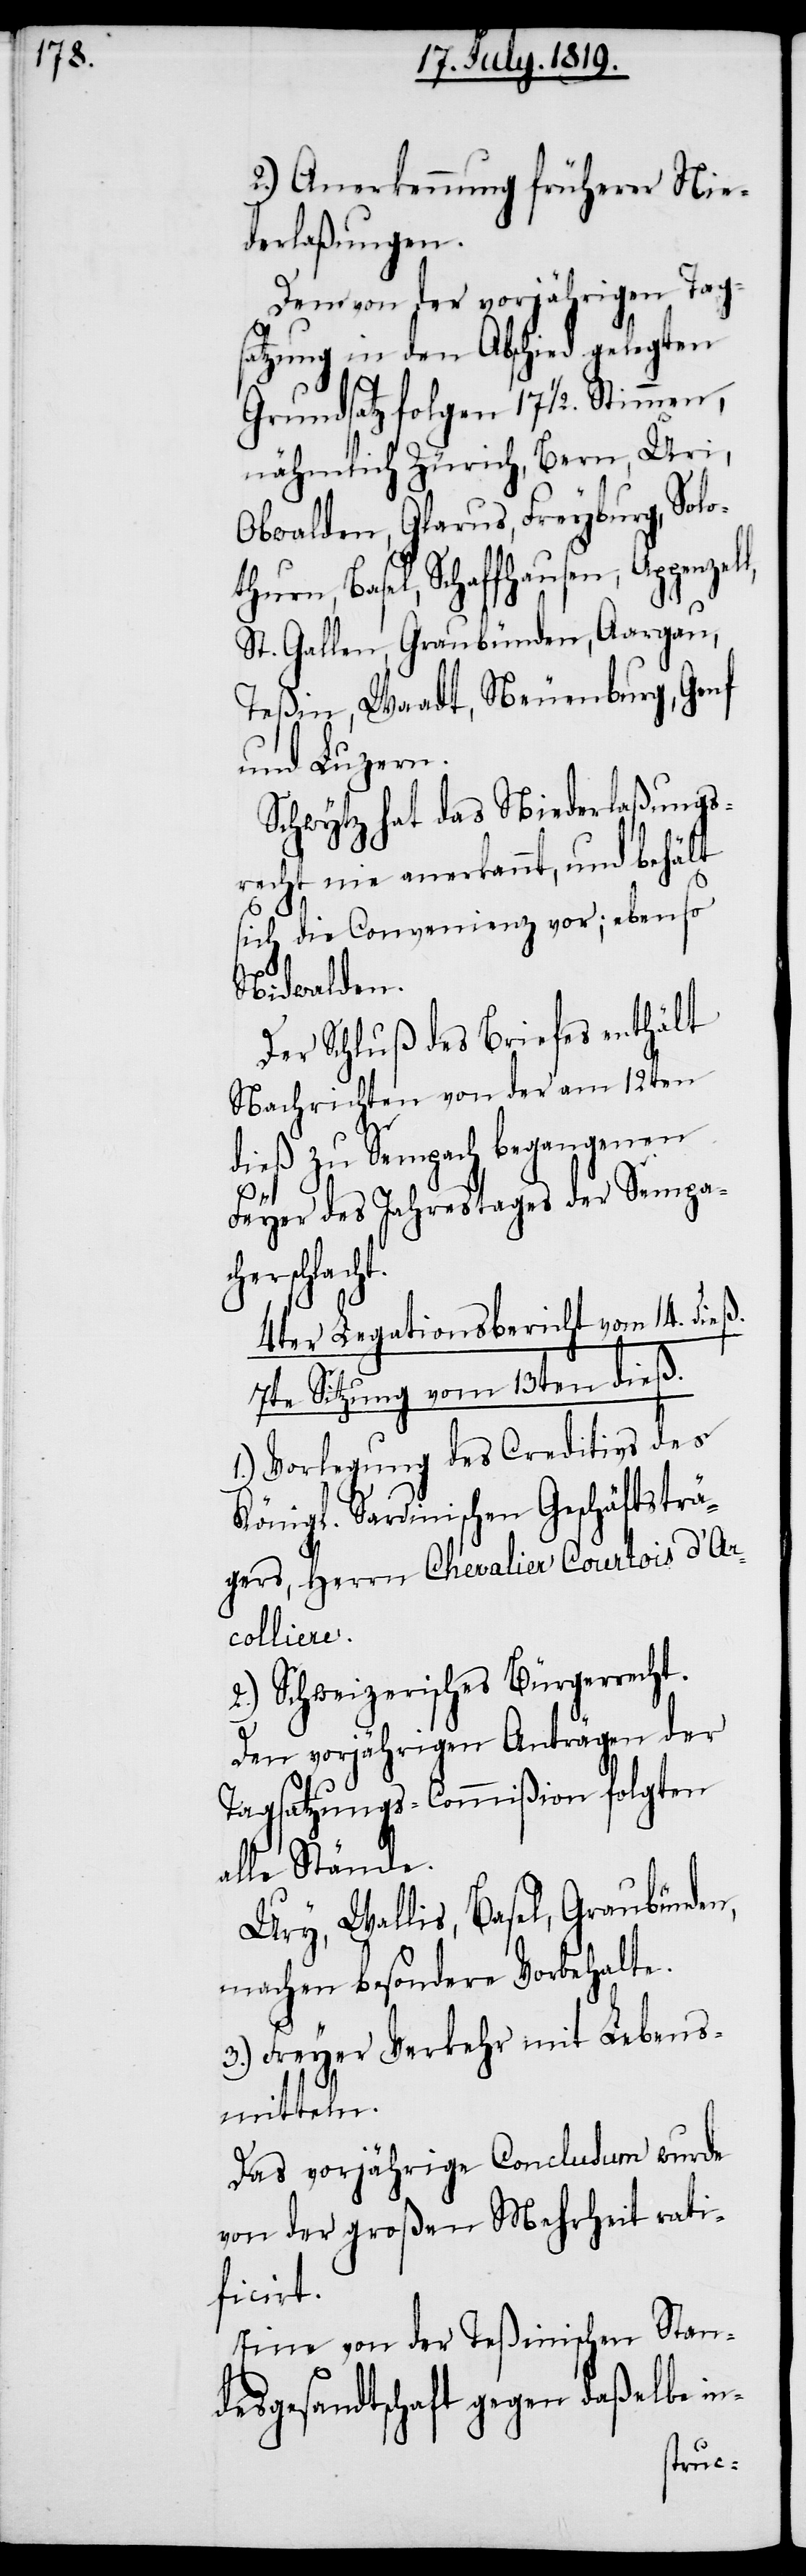
2.) Anerkennung früherer Nie¬
derlaßungen.
Dem von der vorjährigen Tag¬
satzung in den Abschied gelegten
Grundsatz folgen 17 ½. Stimmen,
nähmlich Zürich, Bern, Uri,
Obwalden, Glarus, Freyburg, Solo¬
thurn, Basel, Schaffhausen; Appenze¬
St. Gallen, Graubünden, Aargau,
Teßin, Waadt, Neuenburg, Genf
und Luzern.
Schwytz hat das Niederlaßungs¬
recht nie anerkannt, und behält
sich die Convenienz vor; ebenso
Nidwalden.
Der Schluß des Briefes enthält
Nachrichten von der am 12ten
dieß zu Sempach begangenen
ll,
Feyer des Jahrestages der Sempac¬
acht.
4ter Legationsbericht vom 14. dieß.
7te Sitzung vom 13ten dieß.
1.) Vorlegung des Creditivs des
Königl. Sardinischen Geschäftsträ¬
gers, Herrn Chevalier Courtois d’Ar¬
colliere.
2.) Schweizerisches Bürgerrecht.
Den vorjährigen Anträgen der
Tagsatzungs-Commißion folgten
alle Stände.
Ury, Wallis, Basel, Graubünden,
machen besondere Vorbehalte.
3.) Freyer Verkehr mit Lebens¬
mitteln.
Das vorjährige Conclusum wurde
von der großen Mehrheit rati¬
ficirt.
Eine von der Teßinischen Stan¬
desgesandtschaft gegen daßelbe in-